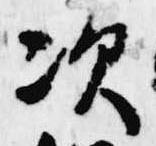
次